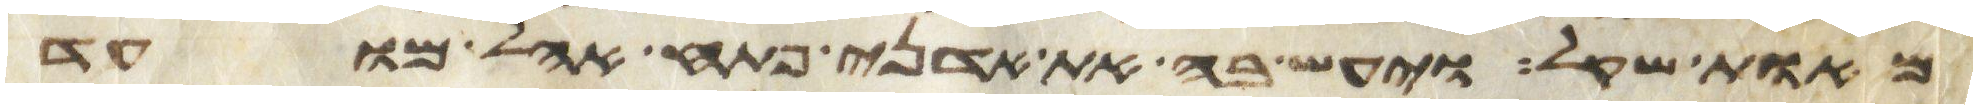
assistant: מאות שקל ויעש בה את אדני פתח אהל מועד